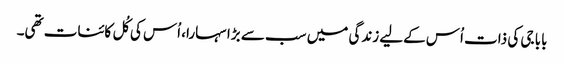
بابا جی کی ذات اُس کےلیے زندگی میں سب سے بڑا سہارا، اُس کی کُل کائنات تھی۔